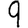
Digit: 9